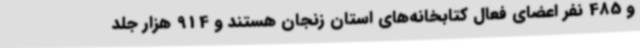
و 485 نفر اعضای فعال کتابخانه‌های استان زنجان هستند و 914 هزار جلد